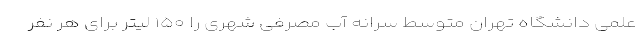
علمی دانشگاه تهران متوسط سرانه آب مصرفی شهری را ۱۵۰ لیتر برای هر نفر